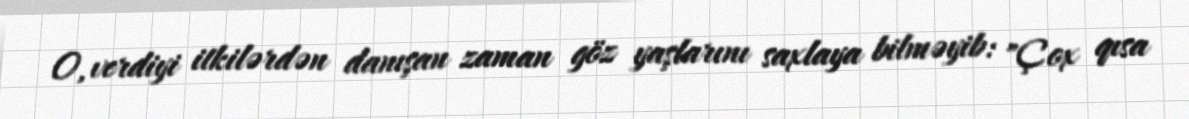
O, verdiyi itkilərdən danışan zaman göz yaşlarını saxlaya bilməyib: "Çox qısa